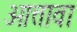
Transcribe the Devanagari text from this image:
ओत्तावा